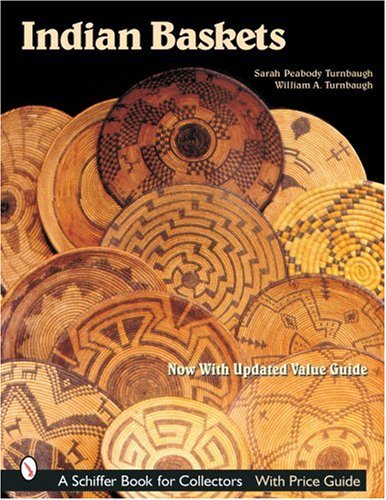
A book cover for Indian Baskets (Schiffer Book for Collectors); Sarah P. Turnbaugh; Crafts, Hobbies & Home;